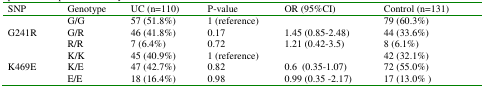
| SNP | Genotype | UC (n=110) | P-value | OR (95%CI) | Control (n=131) |
 | --- | --- | --- | --- | --- | --- |
 |  | G/G | 57 (51.8%) | 1 (reference) |  | 79 (60.3%) |
 | G241R | G/R | 46 (41.8%) | 0.17 | 1.45 (0.85-2.48) | 44 (33.6%) |
 |  | R/R | 7 (6.4%) | 0.72 | 1.21 (0.42-3.5) | 8 (6.1%) |
 |  | K/K | 45 (40.9%) | 1 (reference) |  | 42 (32.1%) |
 | K469E | K/E | 47 (42.7%) | 0.82 | 0.6 (0.35-1.07) | 72 (55.0%) |
 |  | E/E | 18 (16.4%) | 0.98 | 0.99 (0.35 -2.17) | 17 (13.0% ) |